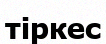
тіркес